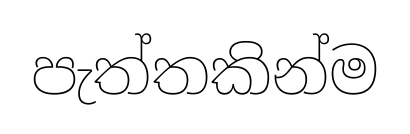
පැත්තකින්ම